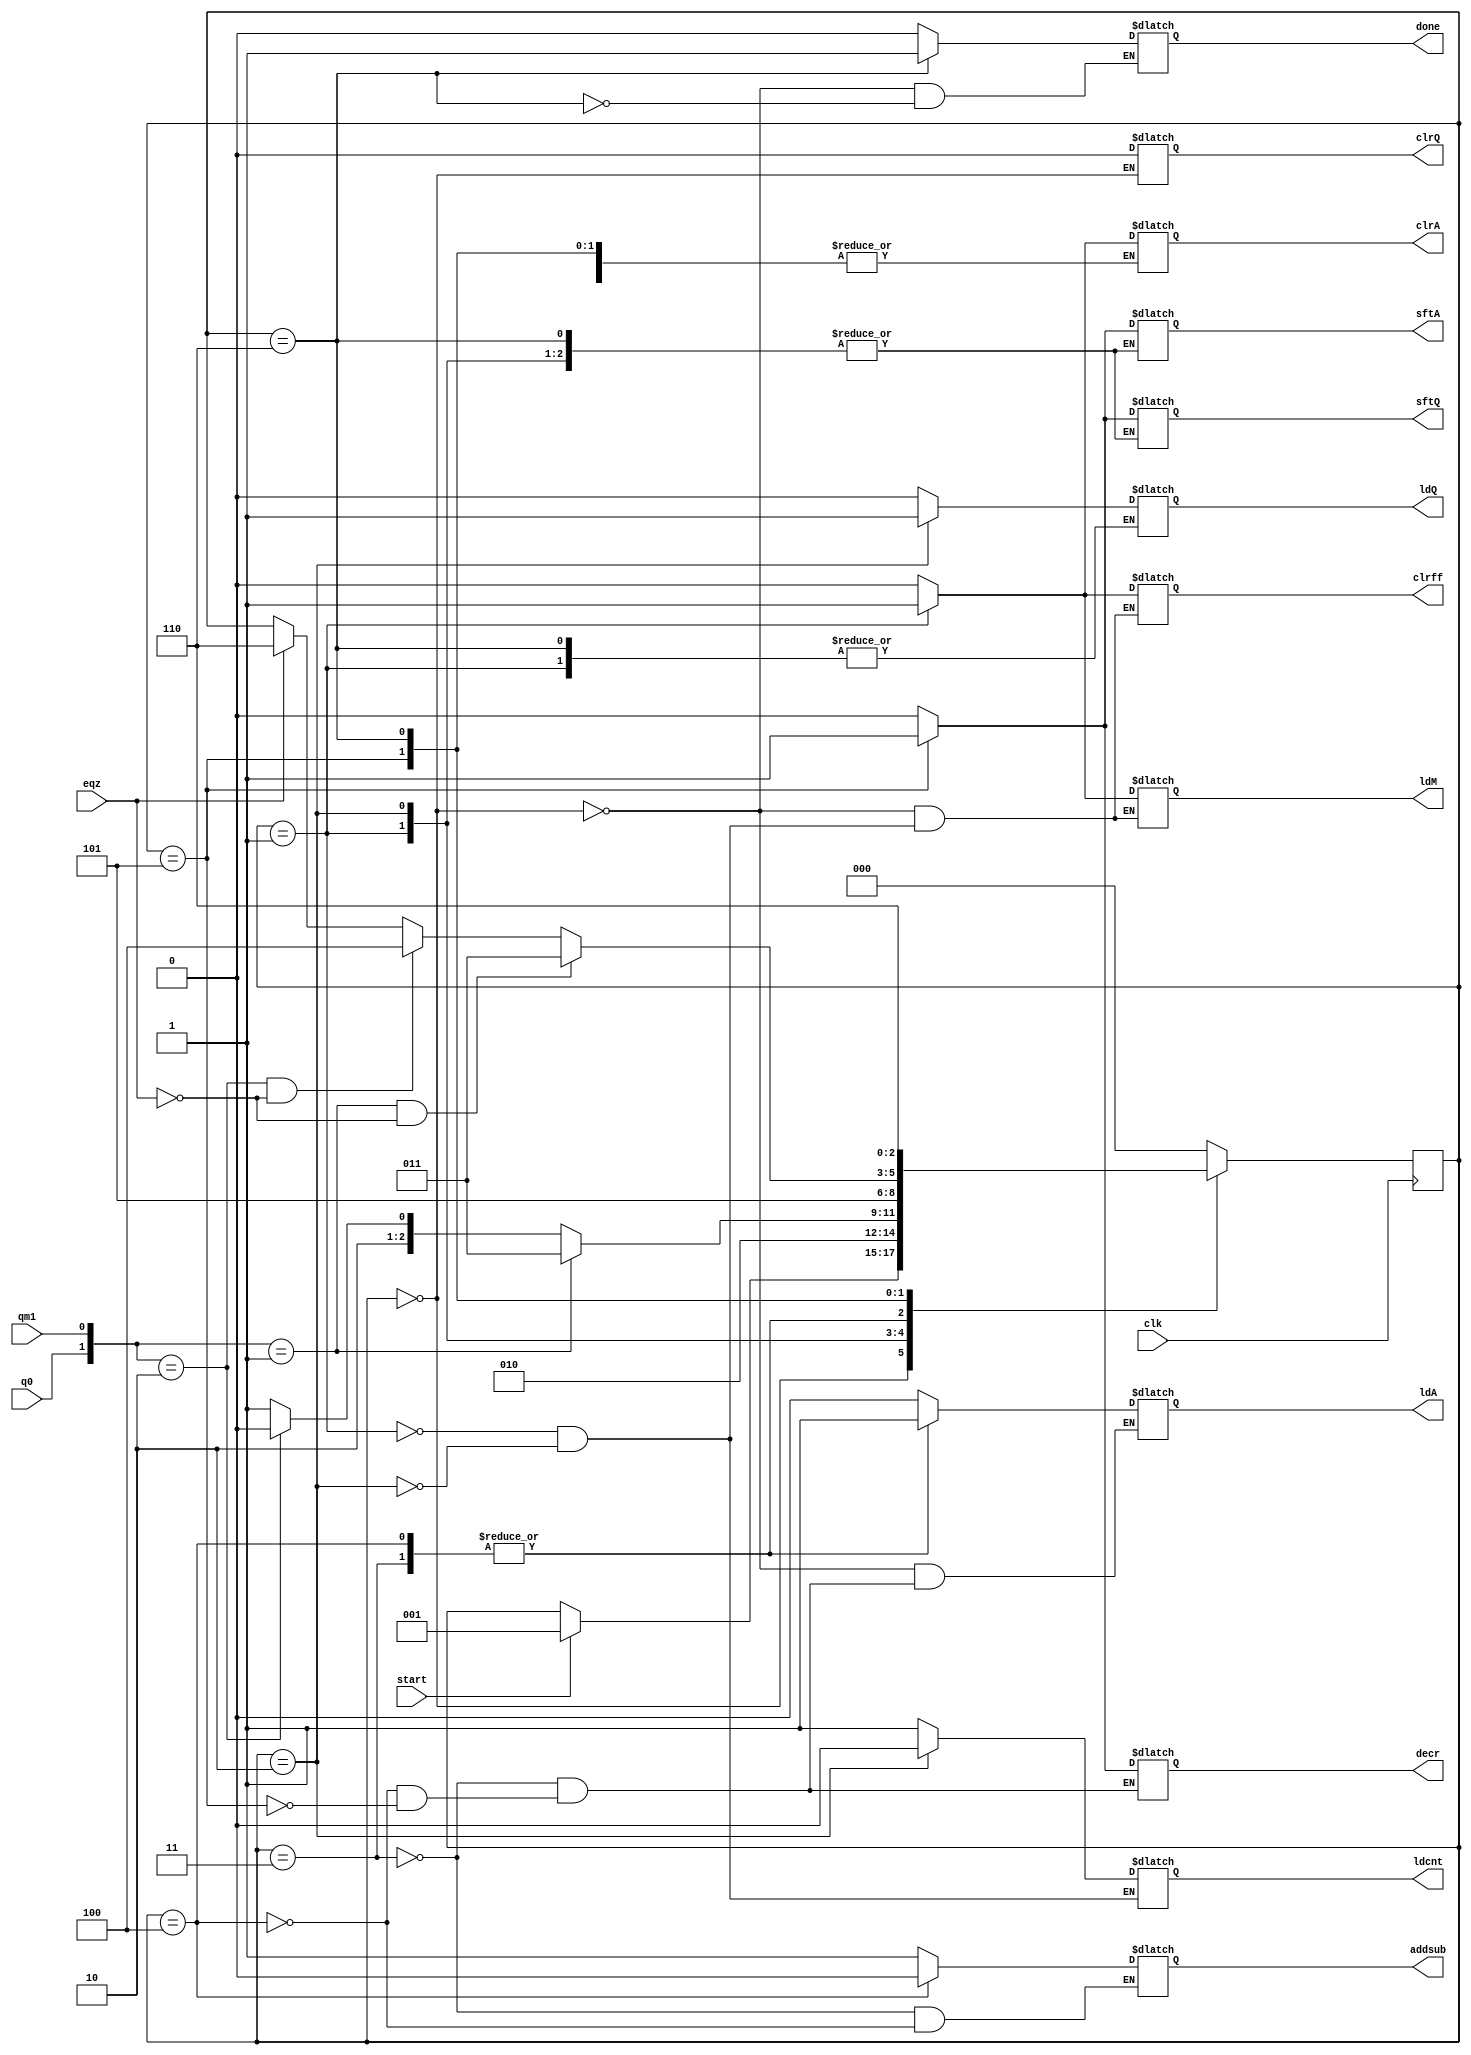
module controller (ldA , clrA , sftA , ldQ , clrQ , eqz , sftQ , ldM , clrff , addsub  , decr , ldcnt , done , clk , q0 , qm1 , start ) ; 
input  clk , q0 , qm1 , start , eqz ; 
output reg ldA , clrA , sftA , ldQ , clrQ , sftQ , ldM , clrff , addsub  , decr , ldcnt , done  ;
reg [2:0] state ; 
parameter S0 = 3'b000 , S1 = 3'b001  , S2 = 3'b010 , S3 = 3'b011 , S4 = 3'b100 , S5 = 3'b101 , S6 = 3'b110 ; 

always @ (posedge clk) 
	begin 
		case(state) 
			S0		: if (start) state <= S1 ; 
			S1		: state <= S2 ; 
			S2		: #2 if ({q0 , qm1} == 2'b01 ) state <= S3 ;
						 else if ({q0 , qm1} == 2'b10) state <= S4 ; 
						 else state <= S5 ;  
			S3		: state <= S5 ;
			S4		: state <= S5 ; 
			S5		: #2 if ({q0 , qm1} == 2'b01 && !eqz) state <= S3 ;
						 else if ({q0 , qm1} == 2'b10 && !eqz) state <= S4 ; 
						 else if (eqz) state <= S6 ;
			S6		: state <= S6 ;
			default : state <= S0 ; 
		endcase 
	end 

always @(state) 
	begin 
		case(state) 
			S0 		: begin clrA = 0 ; ldA =0 ; sftA = 0 ; clrQ =0 ; ldQ= 0 ; sftQ = 0 ; ldM = 0 ; clrff = 0 ; done = 0 ; end 
			S1		: begin clrA = 1 ;  clrff = 1 ; ldcnt = 1 ; ldM = 1 ; end 
			S2		: begin clrA = 0 ;  ldM = 0 ; clrff = 0 ; ldcnt = 0 ; ldQ = 1 ; end 
			S3		: begin ldA = 1 ; addsub = 1 ; ldQ= 0 ; sftA = 0 ; sftQ = 0 ; decr = 0 ; end 
			S4		: begin ldA = 1 ; addsub = 0 ; ldQ= 0 ; sftA = 0 ; sftQ = 0 ; decr = 0 ;  end 
			S5		: begin sftA = 1 ; ldQ= 0 ; sftQ = 1 ; ldA = 0 ; decr = 1 ; end 
			S6		: done = 1; 
			default : begin clrA = 0 ; sftA = 0 ; ldQ= 0 ; sftQ = 0 ; end 
		endcase 
	end 
endmodule